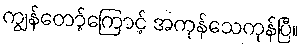
ကျွန်တော့်ကြောင့် အကုန်သေကုန်ပြီ။